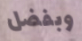
وبفضل